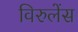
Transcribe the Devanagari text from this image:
विरुलेंस